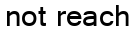
not reach